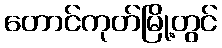
တောင်ကုတ်မြို့တွင်